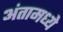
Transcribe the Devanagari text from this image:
अंतामध्ये